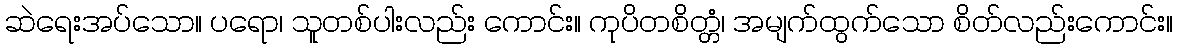
ဆဲရေးအပ်သော။ ပရော၊ သူတစ်ပါးလည်း ကောင်း။ ကုပိတစိတ္တံ၊ အမျက်ထွက်သော စိတ်လည်းကောင်း။